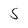
Character: 5